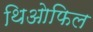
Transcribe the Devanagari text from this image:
थिओफिल